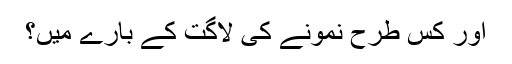
اور کس طرح نمونے کی لاگت کے بارے میں؟